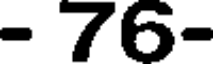
- 76-